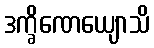
ဒက္ခိဏေယျောသိ